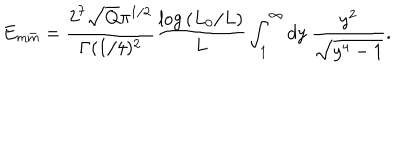
LaTeX: E _ { m \bar { m } } = { \frac { 2 ^ { 7 } \sqrt { Q } \pi ^ { 1 / 2 } } { \Gamma ( 1 / 4 ) ^ { 2 } } } { \frac { \log { ( L _ { 0 } / L ) } } { L } } \int _ { 1 } ^ { \infty } d y \ { \frac { y ^ { 2 } } { \sqrt { y ^ { 4 } - 1 } } } .